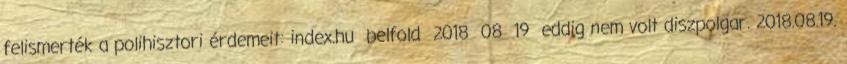
felismerték a polihisztori érdemeit: index.hu belfold 2018 08 19 eddig nem volt diszpolgar. 2018.08.19.